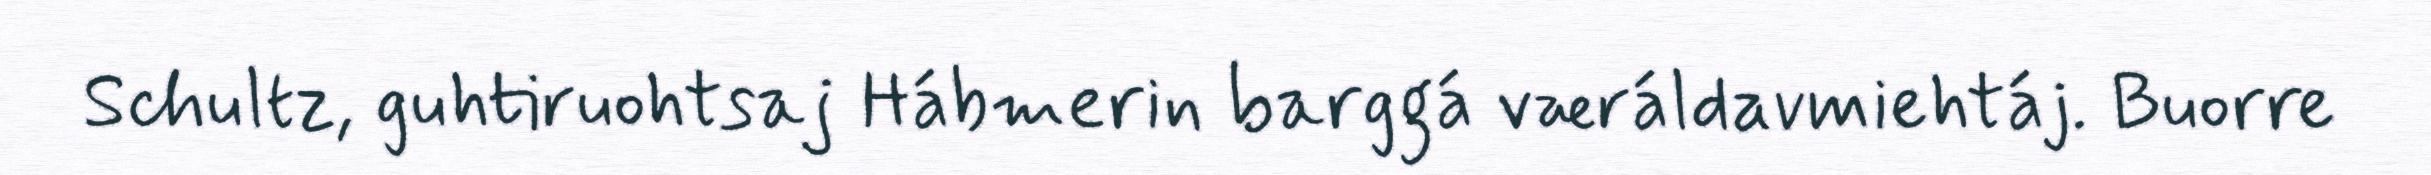
Schultz, guhtiruohtsaj Hábmerin barggá væráldavmiehtáj. Buorre